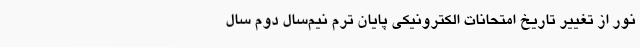
نور از تغییر تاریخ امتحانات الکترونیکی پایان ترم نیم‌سال دوم سال